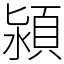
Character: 潁